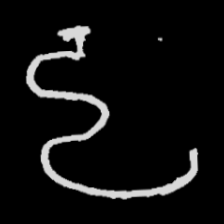
Pyu character \u2014 Myanmar letter: ဠ (romanized: lla)